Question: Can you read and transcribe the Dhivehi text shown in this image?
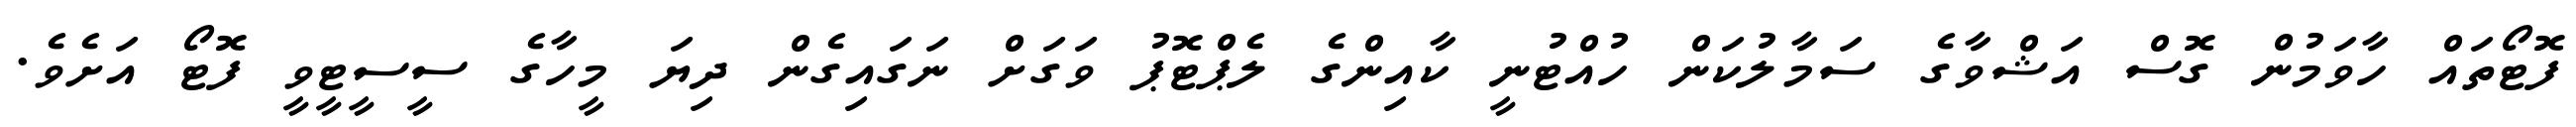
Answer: ފޮޓޯތައް ހާވަމުން ގޮސް އަޝްވާގެ ސަމާލުކަން ހުއްޓުނީ ކާއިންގެ ލެޕްޓޮޕު ވަގަށް ނަގައިގެން ދިޔަ މީހާގެ ސީސީޓީވީ ފޮޓޯ އަށެވެ.